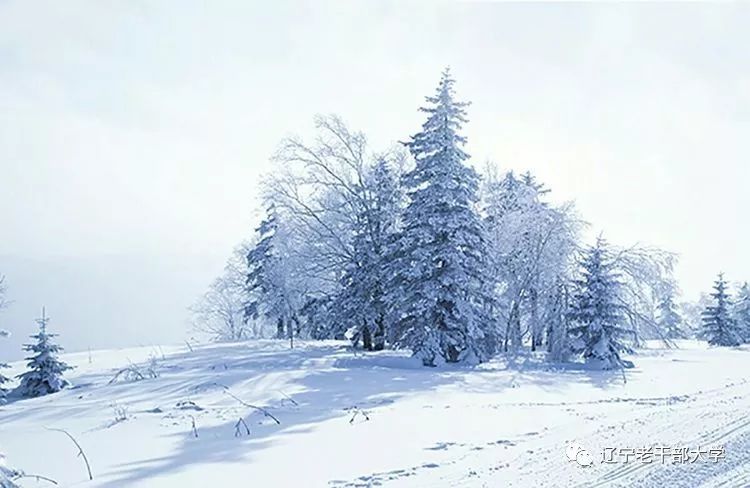
冻云宵遍岭，素雪晓凝华。